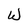
Character: W